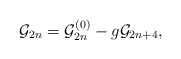
\begin{align*}{\cal G}_{2n}={\cal G}^{(0)}_{2n}-g{\cal G}_{2n+4},\end{align*}